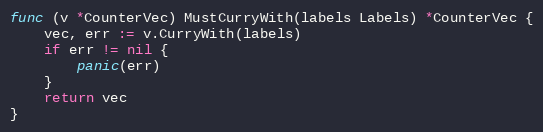
Language: Go
func (v *CounterVec) MustCurryWith(labels Labels) *CounterVec {
	vec, err := v.CurryWith(labels)
	if err != nil {
		panic(err)
	}
	return vec
}